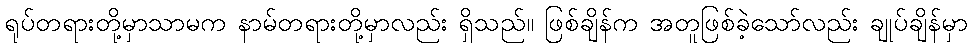
ရုပ်တရားတို့မှာသာမက နာမ်တရားတို့မှာလည်း ရှိသည်။ ဖြစ်ချိန်က အတူဖြစ်ခဲ့သော်လည်း ချုပ်ချိန်မှာ